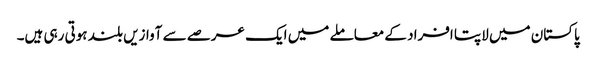
پاکستان میں لاپتا افراد کے معاملے میں ایک عرصے سے آوازیں بلند ہوتی رہی ہیں۔